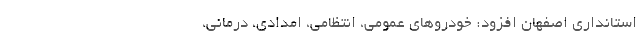
استانداری اصفهان افزود: خودروهای عمومی، انتظامی، امدادی، درمانی،